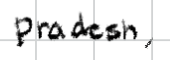
Text: Pradesh,
Cross-out: clean
Writing tool: digital_black